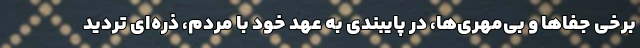
برخی جفاها و بی‌مهری‌ها، در پایبندی به عهد خود با مردم، ذره‌ای تردید